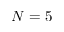
N = 5